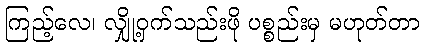
ကြည့်လေ၊ လျှို့ဝှက်သည်းဖို ပစ္စည်းမှ မဟုတ်တာ